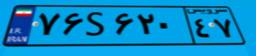
۷۶S۶۲۰۴۷